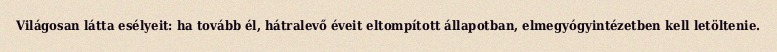
Világosan látta esélyeit: ha tovább él, hátralevő éveit eltompított állapotban, elmegyógyintézetben kell letöltenie.